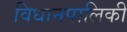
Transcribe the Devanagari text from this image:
विधानपालिकी